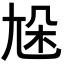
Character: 𡯦